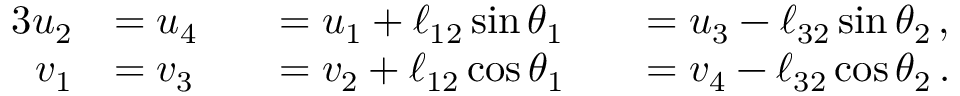
\begin{array} { r l r l r l } { { 3 } \vphantom { f ^ { 2 } } u _ { 2 } } & { = u _ { 4 } } & & { = u _ { 1 } + \ell _ { 1 2 } \sin { \theta } _ { 1 } } & & { = u _ { 3 } - \ell _ { 3 2 } \sin { \theta } _ { 2 } \, , } \\ { v _ { 1 } } & { = v _ { 3 } } & & { = v _ { 2 } + \ell _ { 1 2 } \cos { \theta } _ { 1 } } & & { = v _ { 4 } - \ell _ { 3 2 } \cos { \theta } _ { 2 } \, . } \end{array}